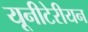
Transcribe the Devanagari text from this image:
यूनीटेरीयन